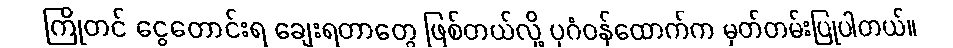
ကြိုတင် ငွေတောင်းရ ချေးရတာတွေ ဖြစ်တယ်လို့ ပုဂံဝန်ထောက်က မှတ်တမ်းပြုပါတယ်။